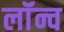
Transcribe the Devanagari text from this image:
लॉंन्च